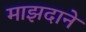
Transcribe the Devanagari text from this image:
माझदाने